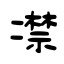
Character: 凚